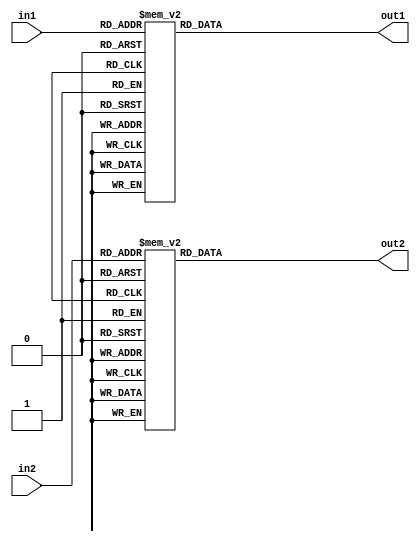
module sevenseg_2 (
	input  [3:0] in1, 
	input  [3:0] in2,
	output [6:0] out1, 
	output [6:0] out2
);

always @(*) begin
	case (in1)
		4'b0000: out1 = 7'b0111111;
		4'b0001: out1 = 7'b0000110;
		4'b0010: out1 = 7'b1011011;
		4'b0011: out1 = 7'b1001111;
		4'b0100: out1 = 7'b1100110;
		4'b0101: out1 = 7'b1101101;
		4'b0110: out1 = 7'b1111101;
		4'b0111: out1 = 7'b0000111;
		4'b1000: out1 = 7'b1111111;
		4'b1001: out1 = 7'b1101111;
		4'b1010: out1 = 7'b1110111;
		4'b1011: out1 = 7'b1111100;
		4'b1100: out1 = 7'b0111001;
		4'b1101: out1 = 7'b1011110;
		4'b1110: out1 = 7'b1111011;
		4'b1111: out1 = 7'b1110001;
		default: out1 = 7'b0000000;	
	endcase

	case(in2)
		4'b0000: out2 = 7'b0111111;
		4'b0001: out2 = 7'b0000110;
		4'b0010: out2 = 7'b1011011;
		4'b0011: out2 = 7'b1001111;
		4'b0100: out2 = 7'b1100110;
		4'b0101: out2 = 7'b1101101;
		4'b0110: out2 = 7'b1111101;
		4'b0111: out2 = 7'b0000111;
		4'b1000: out2 = 7'b1111111;
		4'b1001: out2 = 7'b1101111;
		4'b1010: out2 = 7'b1110111;
		4'b1011: out2 = 7'b1111100;
		4'b1100: out2 = 7'b0111001;
		4'b1101: out2 = 7'b1011110;
		4'b1110: out2 = 7'b1111011;
		4'b1111: out2 = 7'b1110001;
		default: out2 = 7'b0000000;
	endcase
end

endmodule